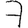
Digit: 7